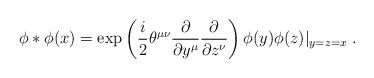
\begin{align*}\phi * \phi (x) = \exp \left( \frac{i}{2} \theta^{\mu \nu} \frac{\partial}{\partial y^{\mu}} \frac{\partial}{\partial z^{\nu}} \right) \phi ( y) \phi (z) |_{y=z=x} ~.\end{align*}